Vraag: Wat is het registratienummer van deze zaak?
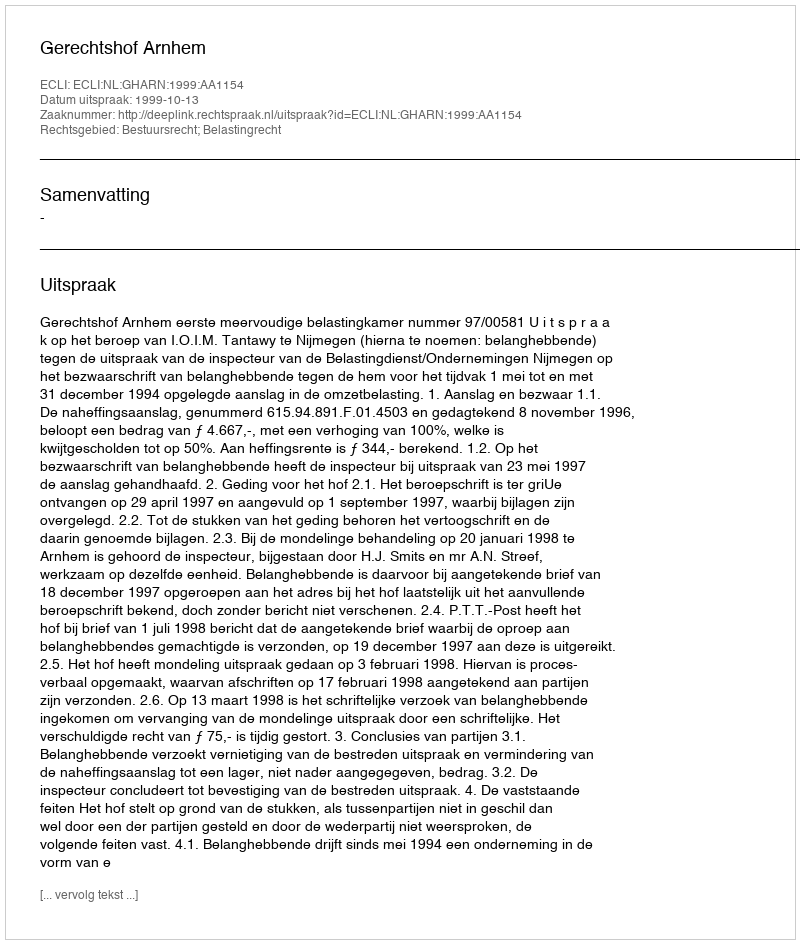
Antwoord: http://deeplink.rechtspraak.nl/uitspraak?id=ECLI:NL:GHARN:1999:AA1154